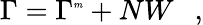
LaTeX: \Gamma=\Gamma^{\tiny{m}}+NW~~~,